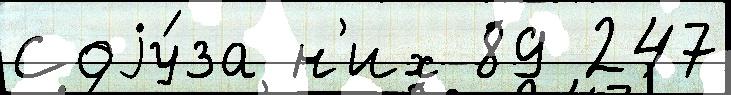
Соjу́за н'их 89 247